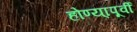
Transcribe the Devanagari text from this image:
होण्या्पूर्वी